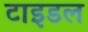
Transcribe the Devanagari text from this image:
टाइडल